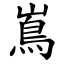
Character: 嶌